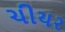
ચીયર